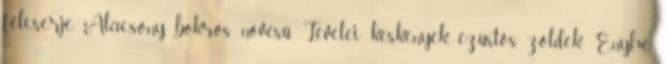
félcserje. Alacsony, bokros növésű. Levelei keskenyek, ezüstös zöldek. Enyhe